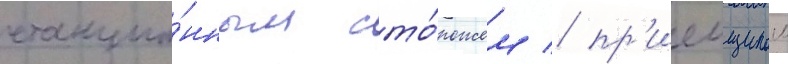
станцио́нным сто́рожем / пр'иемщиком